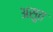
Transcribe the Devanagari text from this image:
असुत